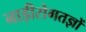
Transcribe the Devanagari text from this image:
नाड़ीरोगतज्ञों